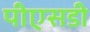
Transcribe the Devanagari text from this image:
पीएसडी